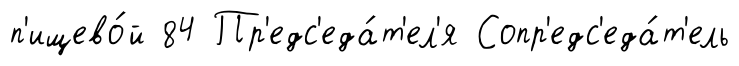
п'ищево́й 84 Пр'едс'еда́т'ел'я Сопр'едс'еда́т'ель